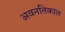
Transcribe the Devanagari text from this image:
अवनतिकाल